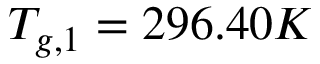
T _ { g , 1 } = 2 9 6 . 4 0 K